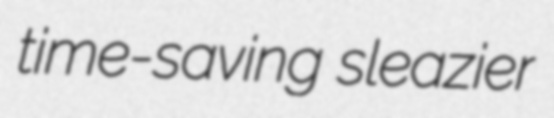
time-saving sleazier